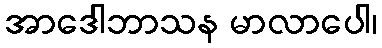
အာဒေါဘာသန မာလာပေါ၊